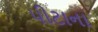
પીટાના